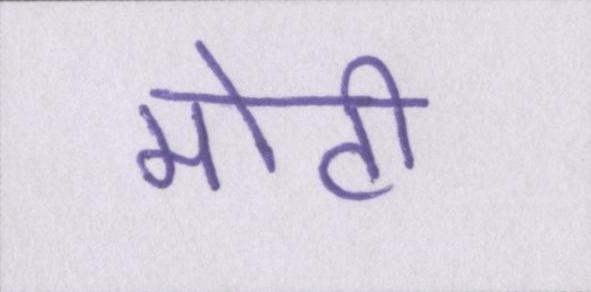
मोटी